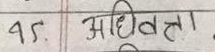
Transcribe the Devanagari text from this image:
५. अधिबत्ता